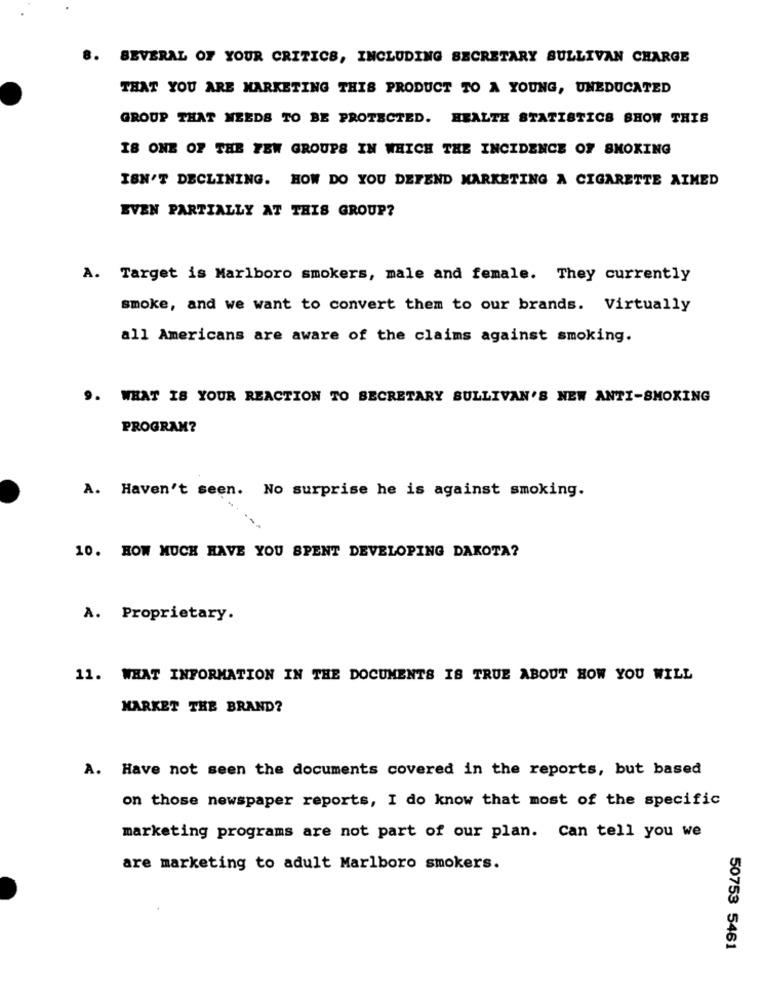
8. SEVERAL OF YOUR CRITICS, INCLUDING SECRETARY SULLIVAN CHARGE
THAT YOU ARE MARKETING THIS PRODUCT TO A YOUNG, UNEDUCATED
GROUP THAT NEEDS TO BE PROTECTED. HEALTH STATISTICS SHOW THIS
IS ONE OF THE FEW GROUPS IN WHICH THE INCIDENCE OF SMOKING
ISN'T DECLINING. HOW DO YOU DEFEND MARKETING A CIGARETTE AIMED
EVEN PARTIALLY AT THIS GROUP?
A. Target is Marlboro smokers, male and female. They currently
smoke, and we want to convert them to our brands. Virtually
all Americans are aware of the claims against smoking.
9. WHAT IS YOUR REACTION TO SECRETARY SULLIVAN'S NEW ANTI-SMOKING
PROGRAM?
A. Haven't seen. No surprise he is against smoking.
10. HOW MUCH HAVE YOU SPENT DEVELOPING DAKOTA?
A. Proprietary.
11. WHAT INFORMATION IN THE DOCUMENTS IS TRUE ABOUT HOW YOU WILL
MARKET THE BRAND?
A. Have not seen the documents covered in the reports, but based
on those newspaper reports, I do know that most of the specific
marketing programs are not part of our plan. Can tell you we
are marketing to adult Marlboro smokers.
50753 5461